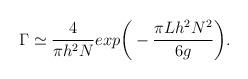
LaTeX: \begin{align*}\Gamma \simeq \frac{4}{\pi h^2 N} exp\bigg(-\frac{\pi L h^2 N^2}{6g}\bigg).\end{align*}